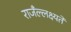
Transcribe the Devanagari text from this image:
राजँल्लक्ष्यते